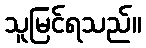
သူမြင်ရသည်။